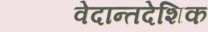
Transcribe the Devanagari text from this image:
वेदान्तदेशिक